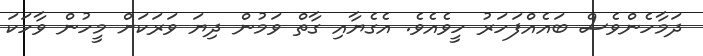
ދަމާހެންވެސް ބައެއްފަހަރު ހީވެއެވެ. އެގެޔާއި ގާތް ވަމުން ދިޔަ ވަރަކަށް މީހުން ވާހަކަ